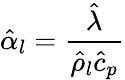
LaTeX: \hat{\alpha}_{l}=\frac{\hat{\lambda}}{\hat{\rho}_{l}\hat{c}_{p}}